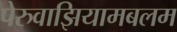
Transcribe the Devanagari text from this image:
पेरुवाझियामबलम